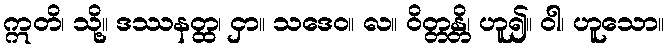
ဣတိ၊ သို့။ ဒဿနတ္ထ၊ ငှာ။ သဒေဝ။ လ။ ဝိတ္တန္တိ၊ ဟူ၍။ ဝါ၊ ဟူသော။